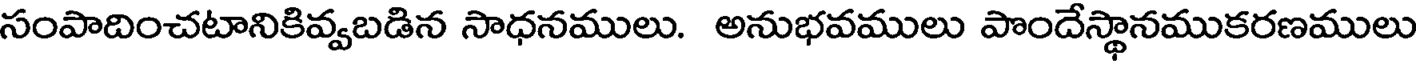
సంపాదించటానికివ్వబడిన సాధనములు. అనుభవములు పొందేస్థానముకరణములు